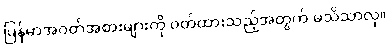
မြန်မာအဝတ်အစားများကို ဝတ်ထားသည့်အတွက် မသိသာလှ။